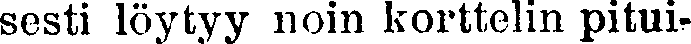
sesti löytyy noin korttelin pitui-